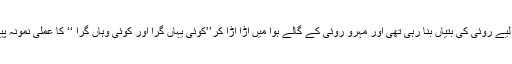
عینی چراغ کے لیے روئی کی بتیاں بنا رہی تھی اور مہرو روئی کے گالے ہوا میں اڑا اڑا کر’’کوئی یہاں گرا اور کوئی وہاں گرا ‘‘ کا عملی نمونہ پیش کر رہی تھی۔